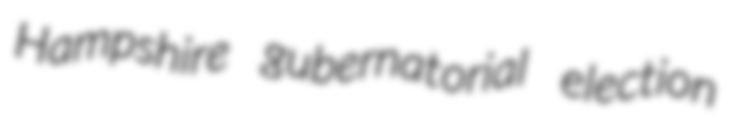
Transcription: Hampshire gubernatorial election